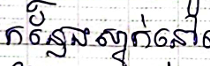
កន្លែងស្នាក់នៅ